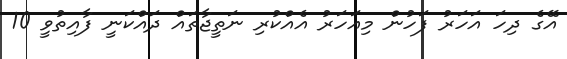
އޭގެ ދިހަ އަހަރު ފަހުން މިއަހަރު އެއްކުރި ނަތީޖާތައް ދައްކަނީ ފާއިތުވީ 10